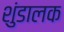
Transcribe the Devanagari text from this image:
शुंडालक